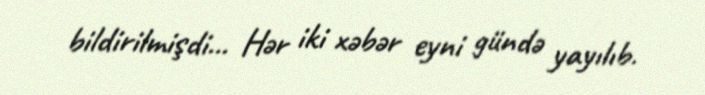
bildirilmişdi... Hər iki xəbər eyni gündə yayılıb.